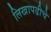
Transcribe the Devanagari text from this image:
लिखापढीचे